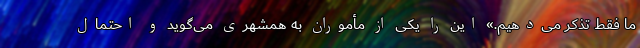
ما فقط تذکر می‌دهیم.» این را یکی از مأموران به همشهری می‌گوید و احتمال